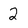
Character: 2